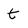
Character: t